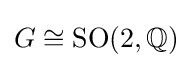
G\cong \mathrm {SO} (2,\mathbb {Q} )